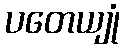
ပတေယျုံ